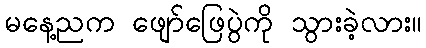
မနေ့ညက ဖျော်ဖြေပွဲကို သွားခဲ့လား။